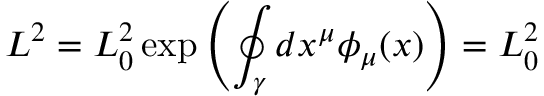
L ^ { 2 } = L _ { 0 } ^ { 2 } \exp \left( \oint _ { \gamma } d x ^ { \mu } \phi _ { \mu } ( x ) \right) = L _ { 0 } ^ { 2 } \,